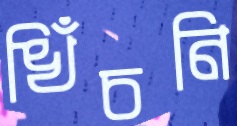
খিঁচনি